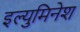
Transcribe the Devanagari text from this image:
इल्युमिनेश